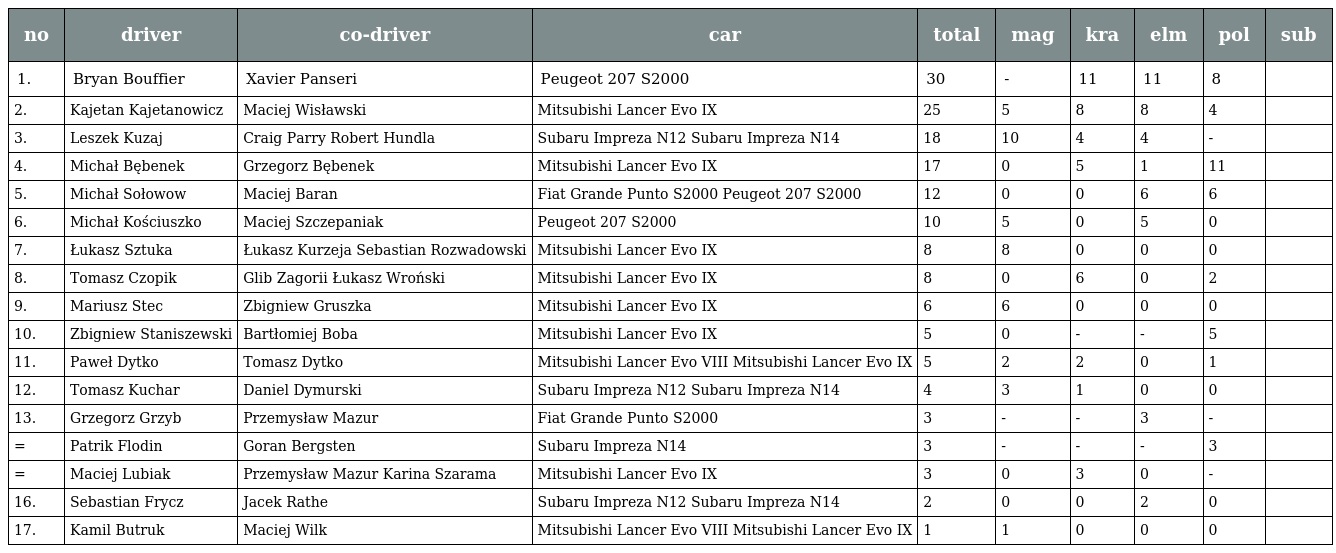
| no | driver | co-driver | car | total | mag | kra | elm | pol | sub |
 | --- | --- | --- | --- | --- | --- | --- | --- | --- | --- |
 | 1. | Bryan Bouffier | Xavier Panseri | Peugeot 207 S2000 | 30 | - | 11 | 11 | 8 |  |
 | 2. | Kajetan Kajetanowicz | Maciej Wisławski | Mitsubishi Lancer Evo IX | 25 | 5 | 8 | 8 | 4 |  |
 | 3. | Leszek Kuzaj | Craig Parry Robert Hundla | Subaru Impreza N12 Subaru Impreza N14 | 18 | 10 | 4 | 4 | - |  |
 | 4. | Michał Bębenek | Grzegorz Bębenek | Mitsubishi Lancer Evo IX | 17 | 0 | 5 | 1 | 11 |  |
 | 5. | Michał Sołowow | Maciej Baran | Fiat Grande Punto S2000 Peugeot 207 S2000 | 12 | 0 | 0 | 6 | 6 |  |
 | 6. | Michał Kościuszko | Maciej Szczepaniak | Peugeot 207 S2000 | 10 | 5 | 0 | 5 | 0 |  |
 | 7. | Łukasz Sztuka | Łukasz Kurzeja Sebastian Rozwadowski | Mitsubishi Lancer Evo IX | 8 | 8 | 0 | 0 | 0 |  |
 | 8. | Tomasz Czopik | Glib Zagorii Łukasz Wroński | Mitsubishi Lancer Evo IX | 8 | 0 | 6 | 0 | 2 |  |
 | 9. | Mariusz Stec | Zbigniew Gruszka | Mitsubishi Lancer Evo IX | 6 | 6 | 0 | 0 | 0 |  |
 | 10. | Zbigniew Staniszewski | Bartłomiej Boba | Mitsubishi Lancer Evo IX | 5 | 0 | - | - | 5 |  |
 | 11. | Paweł Dytko | Tomasz Dytko | Mitsubishi Lancer Evo VIII Mitsubishi Lancer Evo IX | 5 | 2 | 2 | 0 | 1 |  |
 | 12. | Tomasz Kuchar | Daniel Dymurski | Subaru Impreza N12 Subaru Impreza N14 | 4 | 3 | 1 | 0 | 0 |  |
 | 13. | Grzegorz Grzyb | Przemysław Mazur | Fiat Grande Punto S2000 | 3 | - | - | 3 | - |  |
 | = | Patrik Flodin | Goran Bergsten | Subaru Impreza N14 | 3 | - | - | - | 3 |  |
 | = | Maciej Lubiak | Przemysław Mazur Karina Szarama | Mitsubishi Lancer Evo IX | 3 | 0 | 3 | 0 | - |  |
 | 16. | Sebastian Frycz | Jacek Rathe | Subaru Impreza N12 Subaru Impreza N14 | 2 | 0 | 0 | 2 | 0 |  |
 | 17. | Kamil Butruk | Maciej Wilk | Mitsubishi Lancer Evo VIII Mitsubishi Lancer Evo IX | 1 | 1 | 0 | 0 | 0 |  |